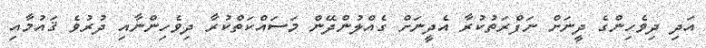
އަދި ދިވެހިންގެ ދީނަށް ނަފްރަތުކުރާ އެދީނަށް ގެއްލުންދޭން މަސައްކަތްކުރާ ދިވެހިންނާއި ދުރުވެ ޤައުމާއި